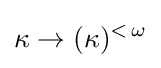
\kappa \rightarrow (\kappa )^{<\,\omega }